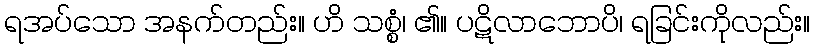
ရအပ်သော အနက်တည်း။ ဟိ သစ္စံ၊ ၏။ ပဋိလာဘောပိ၊ ရခြင်းကိုလည်း။